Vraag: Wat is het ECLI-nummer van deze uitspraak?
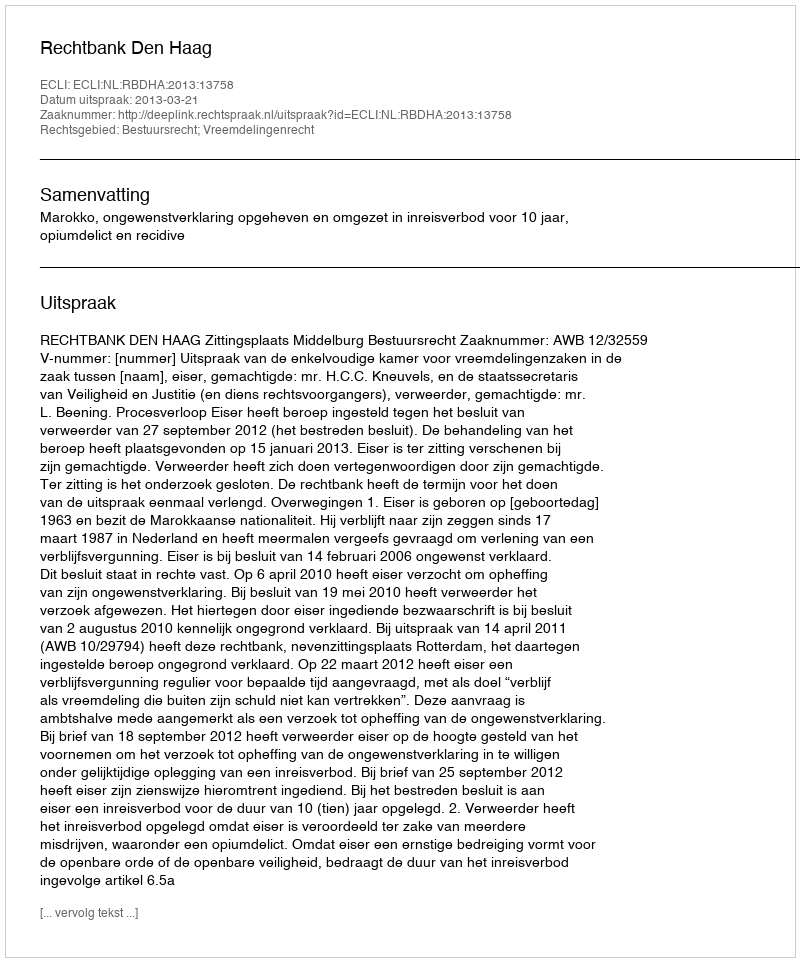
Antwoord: ECLI:NL:RBDHA:2013:13758